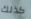
كذلك